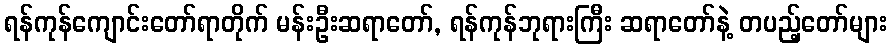
ရန်ကုန်ကျောင်းတော်ရာတိုက် မန်းဦးဆရာတော်, ရန်ကုန်ဘုရားကြီး ဆရာတော်နဲ့ တပည့်တော်များ